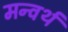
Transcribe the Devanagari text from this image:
मन्वर्थ